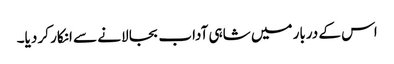
اس کے دربار میں شاہی آداب بجا لانے سے انکار کر دیا۔